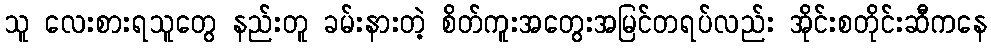
သူ လေးစားရသူတွေ နည်းတူ ခမ်းနားတဲ့ စိတ်ကူးအတွေးအမြင်တရပ်လည်း အိုင်းစတိုင်းဆီကနေ